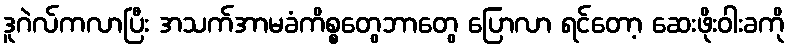
ဒူဂဲလ်ကလာပြီး အသက်အာမခံကိစ္စတွေဘာတွေ ပြောလာ ရင်တော့ ဆေးဖိုးဝါးခကို